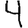
Digit: 4